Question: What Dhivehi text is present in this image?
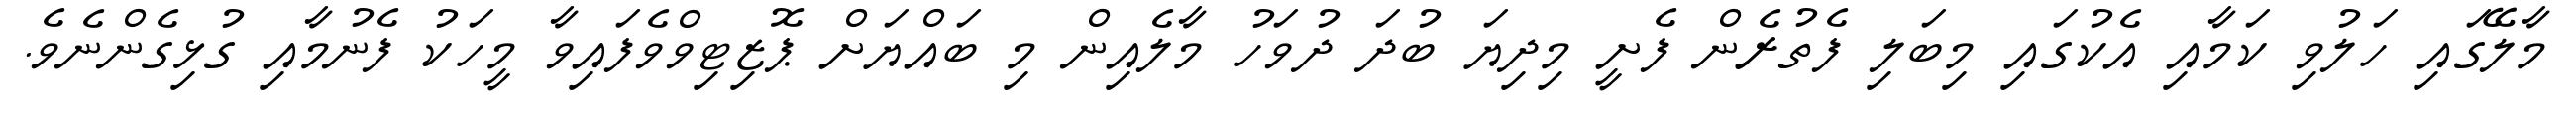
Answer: މާލޭގައި ހަލުވި ކަމާއި އެކުގައި މިބަލި ފެތުރެން ފެށީ މިދިޔަ ބުދަ ދުވަހު މާލެއިން މި ބައްޔަށް ޕޮޒިޓިވްވެފައިވާ މީހަކު ފެނުމާއި ގުޅިގެންނެވެ.